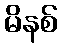
မိနစ်